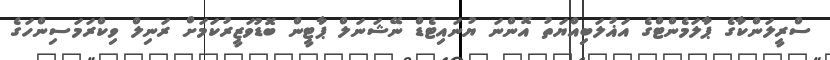
ސްރީލަންކާގެ ޕާލަމެންޓްގެ އަޣުލަބިއްޔަތު އޮންނަ ޔުނައިޓެޑް ނޭޝަނަލް ޕާޓީން ބޮޑުވަޒީރުކަމަށް ރަނިލް ވިކްރަމަސިންހަގެ